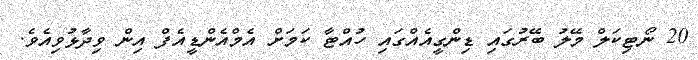
20 ނޯޓިކަލް މޭލު ބޭރުގައި ޑިންގީއެއްގައި ހުއްޓާ ކަމަށް އެމްއެންޑީއެފް އިން ވިދާޅުވިއެވެ.